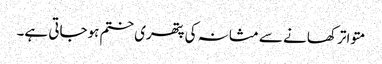
متواتر کھانے سے مثانہ کی پتھری ختم ہوجاتی ہے۔